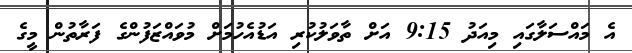
އެ މައްސަލާގައި މިއަދު 9:15 އަށް ތާވަލުކުރި އަޑުއެހުމަށް މުވައްޒަފުންގެ ފަރާތުން މީގެ